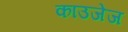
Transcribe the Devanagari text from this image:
काउजेज